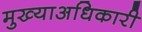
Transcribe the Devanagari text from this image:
मुख्याअधिकारी